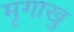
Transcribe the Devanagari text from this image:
मृगाखु